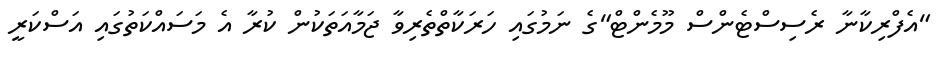
"އެފްރިކާނާ ރެސިސްޓެންސް މޫމެންޓް"ގެ ނަމުގައި ހަރަކާތްތެރިވާ ޖަމާއަތަކުން ކުރާ އެ މަސައްކަތުގައި އަސްކަރީ